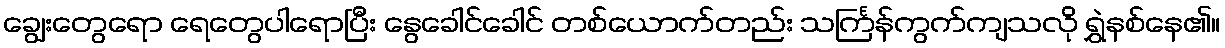
ချွေးတွေရော ရေတွေပါရောပြီး နွေခေါင်ခေါင် တစ်ယောက်တည်း သင်္ကြန်ကွက်ကျသလို ရွှဲနစ်နေ၏။